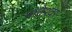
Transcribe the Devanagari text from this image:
मातेश्वर